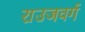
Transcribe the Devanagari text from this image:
राउजवर्ग